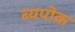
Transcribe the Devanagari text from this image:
ब्यपॊक